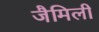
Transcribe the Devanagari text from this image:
जैमिली